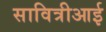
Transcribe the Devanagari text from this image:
सावित्रीआई